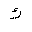
Letter: _kaf